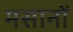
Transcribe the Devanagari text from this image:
मसानों